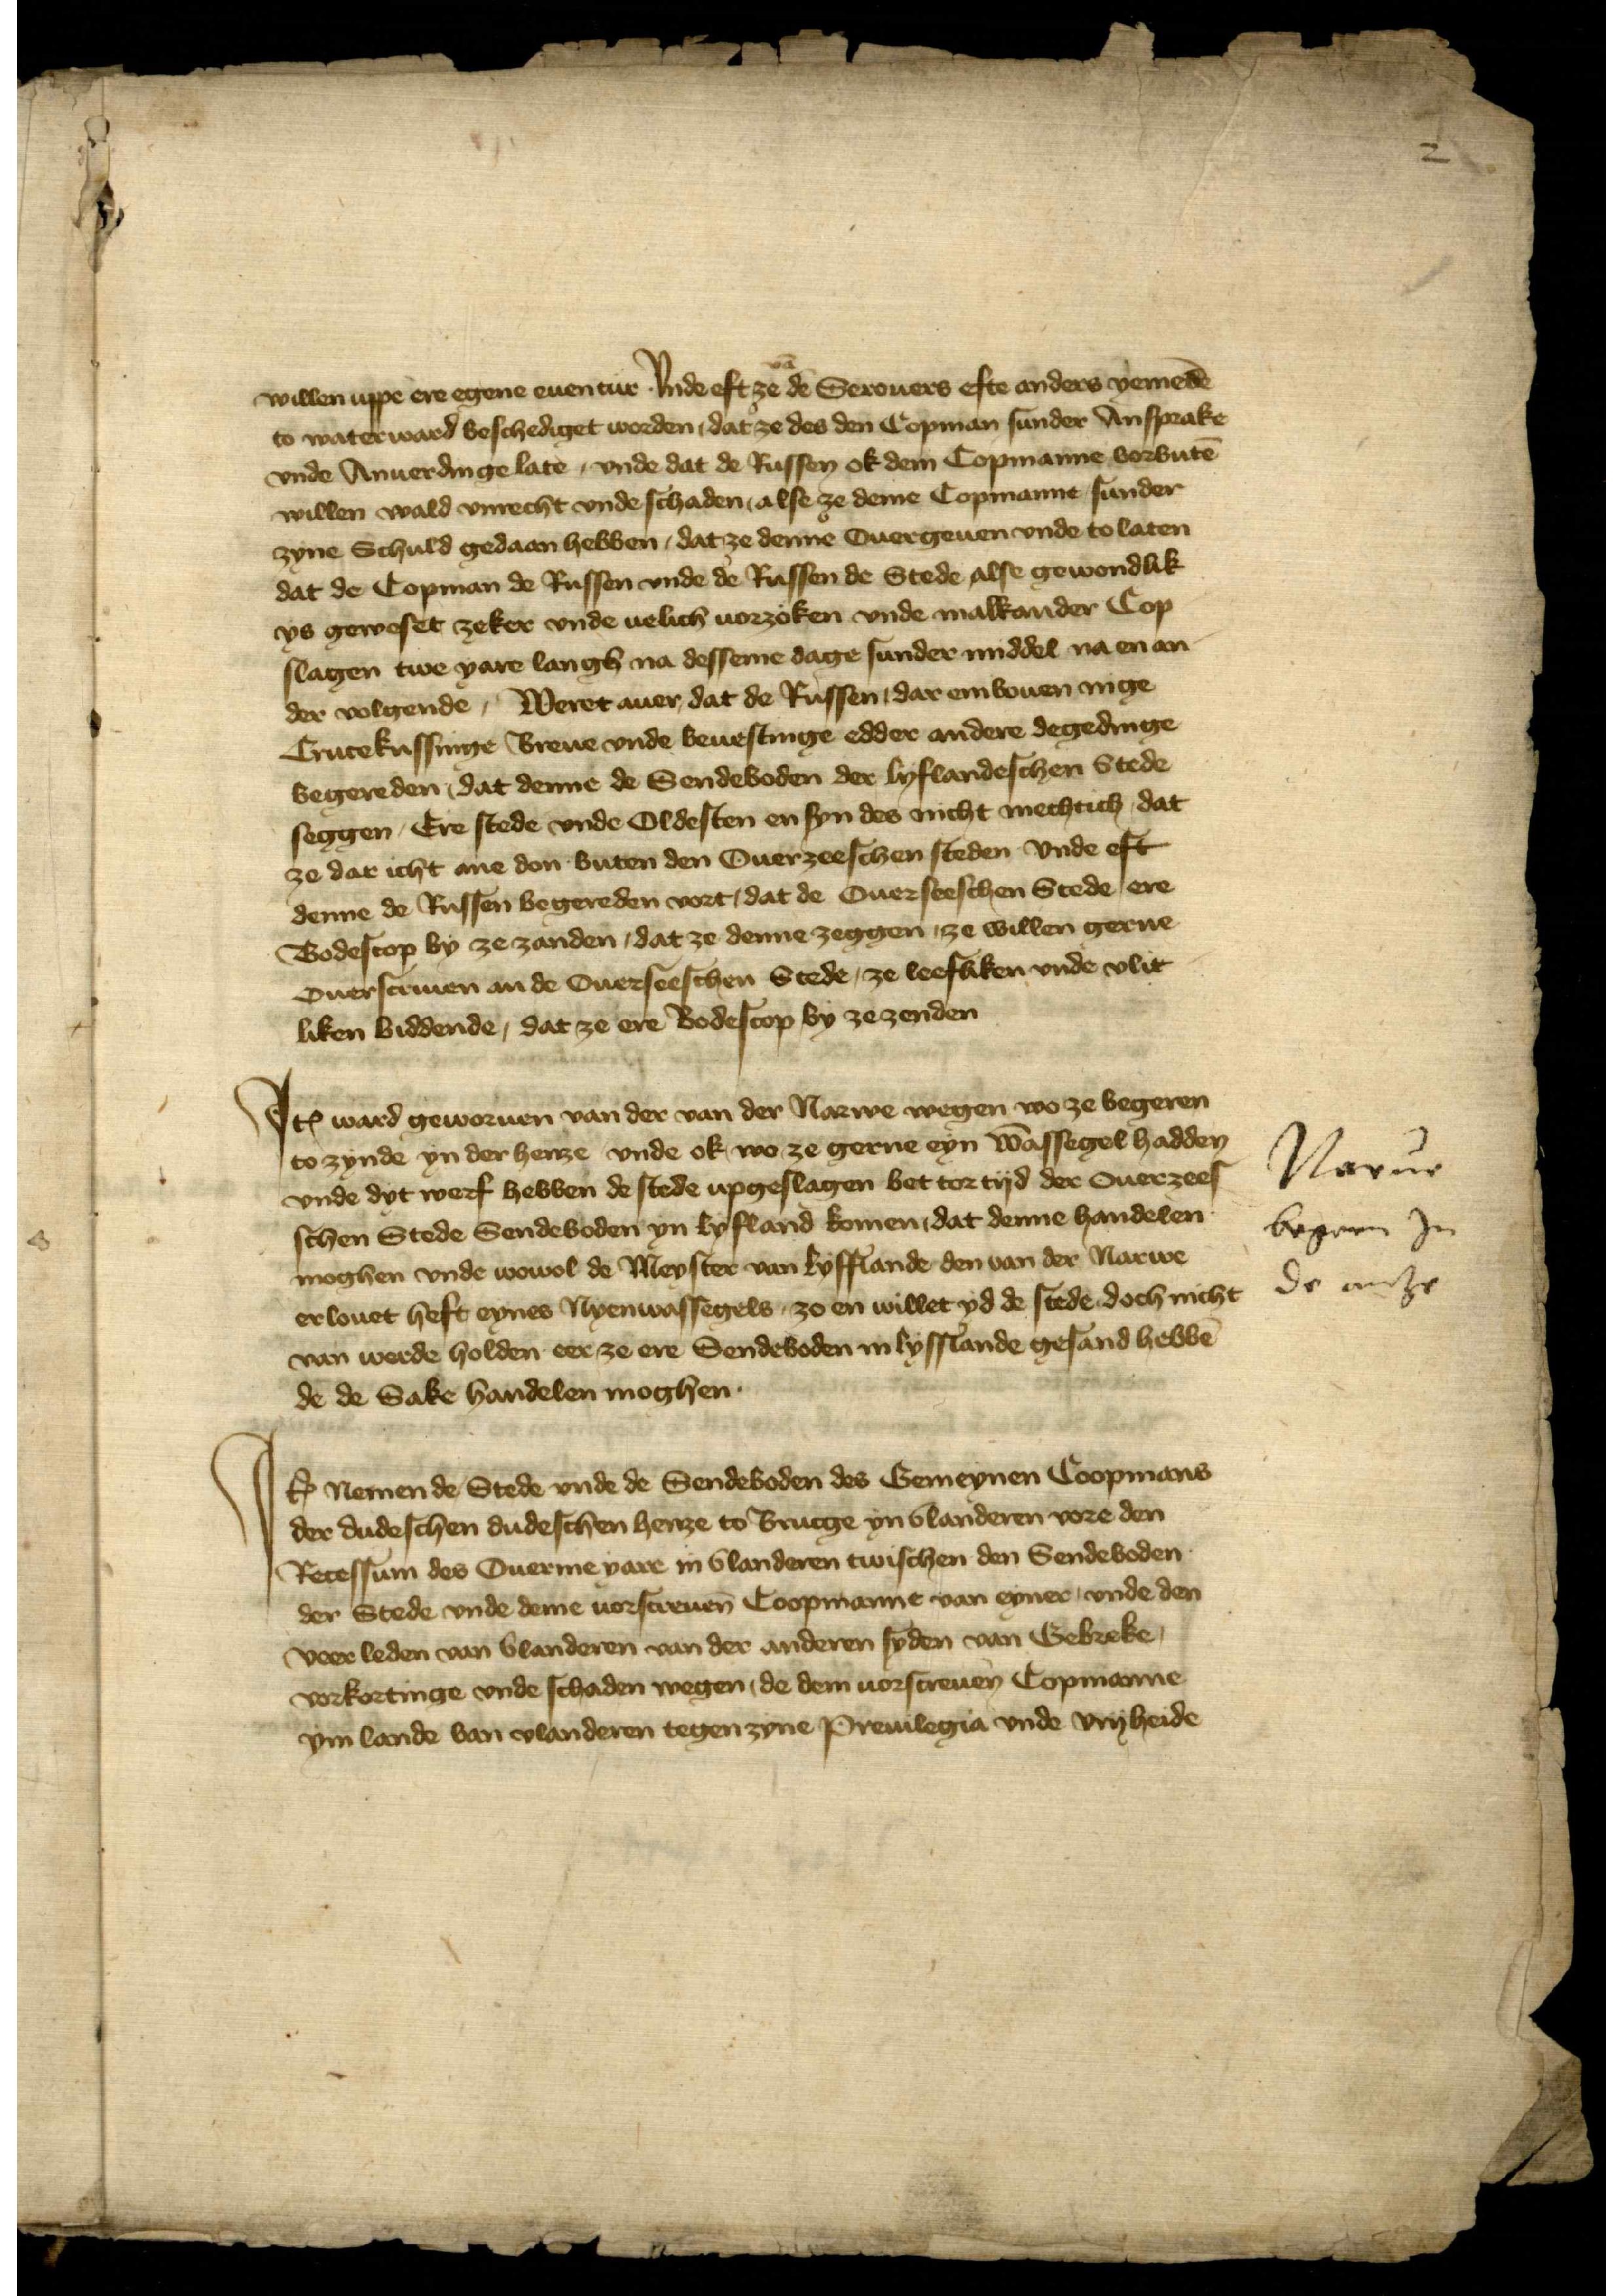
2

willen vppe ere egene euentur Vnde eft ze van de Seerouers efte anders yemende 
to waterward beschediget worden, dat ze des den Copman sunder Ansprake
vnde Anuerdinge late, vnde dat de Russen ok dem Copmanne vorbuten
willen wald vnrecht vnde schaden, alse ze deme Copmanne sunder
syne Schuld gedaen hebben, dat ze deme Ouergeuen vnde to laten
dat de Copman de Russen vnde de Russen de Stede alse gewondlik
ys geweset zeker vnde velich uorzoken vnde malkander Cop¬
slagen twe yare langh na desseme dage sunder middel na en an¬
der volgende, Weret auer dat de Russen, dar embouen nige
Crucekussinge Breue vnde beuestinge edder andere degedinge
begereden, dat denne de Sendeboden der lyflandeschen Stede
seggen, Ere stede vnde Oldesten en syn des nicht mechtich, dat
ze dar icht ane don buten den Ouerzeesschen steden vnde eft
denne de Russen begereden vort, dat de ouerseeschen Stede ere
Bodescop by ze zanden, dat ze denne zeggen, ze willen gerne
ouerscriuen an de ouerseesschen Stede, ze leesliken vnde vlit¬
liken biddende, dat ze ere Bodescop by zezenden

Item ward geworuen van der van der Narwe wegen wo ze begeren 
to zynde yn der henze vnde ok wo ze gerne eyn wassegel hadden
vnde dyt werf hebben de stede vpgeslagen bet tor tyd der Ouerzees¬
schen Stede Sendeboden yn Lyfland komen dat denne handelen
moghen vnde wowol de Mester van Lyfflande den van der Narwe
erlouet heft eynes Nyenwassegels zo en willet yd de stede doch nicht
van werde holden eer ze ere Sendeboden in Lyfflande gesand hebben
de de sake handelen moghen.

Narue
begeren In
de antze

J

Jtem nemen de Stede vnde de Sendeboden des Gemeynen Coopmans 
der dudesschen dudeschen henze to Brucge yn Vlanderen vore den
Recessum des Ouermeyare in Vlanderen twischen den Sendeboden
der Stede vnde deme vorscreuen Coopmanne van eyner, vnde den
veer leden van Vlanderen van der anderen syden van Gebreke
vorkortinge vnde schaden wegen, de dem vorscreuen Copmanne
ym lande van Vlanderen tegen zyne Preuilegia vnde vryheide